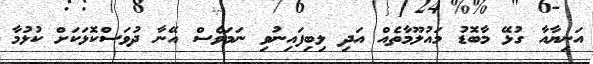
އަނިޔާއާ ގުޅޭ މާބޮޑު މައުލޫމާތެއް އަދި ލިބިފައިނުވި ނަަމަވެސް އޭނާ ދުވަސްކޮޅަކަށް ކުޅުމާ